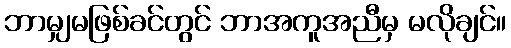
ဘာမျှမဖြစ်ခင်တွင် ဘာအကူအညီမှ မလိုချင်။